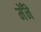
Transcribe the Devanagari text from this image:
मेँने